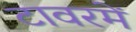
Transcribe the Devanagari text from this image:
टावरमें